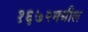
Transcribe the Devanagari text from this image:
१६७२मधील